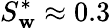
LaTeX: S_{\mathbf{w}}^{*}\approx0.3